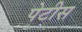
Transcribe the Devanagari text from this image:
पेटीस